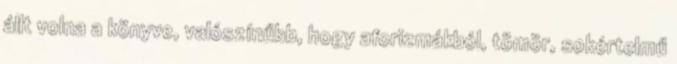
állt volna a könyve, valószínűbb, hogy aforizmákból, tömör, sokértelmű